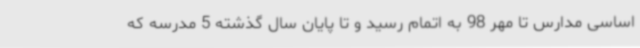
اساسی مدارس تا مهر 98 به اتمام رسید و تا پایان سال گذشته 5 مدرسه که